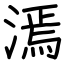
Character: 漹